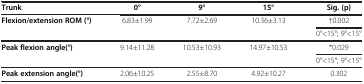
<table><thead><tr><td><b>Trunk</b></td><td><b>0°</b></td><td><b>9°</b></td><td><b>15°</b></td><td><b>Sig. (p)</b></td></tr></thead><tbody><tr><td><b>Flexion/extension ROM (°)</b></td><td>6.83±1.99</td><td>7.72±2.69</td><td>10.36±3.13</td><td>†0.002</td></tr><tr><td> </td><td> </td><td> </td><td> </td><td>0°&lt;15°; 9°&lt;15°</td></tr><tr><td><b>Peak flexion angle(°)</b></td><td>9.14±11.28</td><td>10.53±10.93</td><td>14.97±10.53</td><td>*0.029</td></tr><tr><td> </td><td> </td><td> </td><td> </td><td>0°&lt;15°; 9°&lt;15°</td></tr><tr><td><b>Peak extension angle(°)</b></td><td>2.06±10.25</td><td>2.55±8.70</td><td>4.92±10.27</td><td>0.302</td></tr></tbody></table>